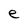
Character: e